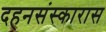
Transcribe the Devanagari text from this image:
दहनसंस्कारास